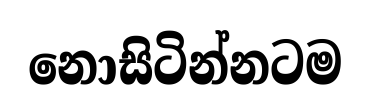
නොසිටින්නටම